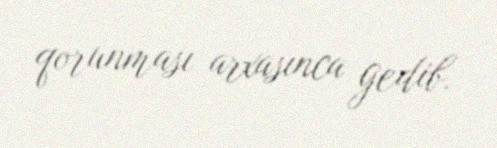
qorunması arxasınca gedib.